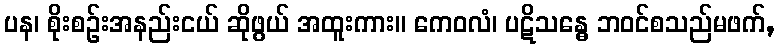
ပန၊ စိုးစဉ်းအနည်းငယ် ဆိုဖွယ် အထူးကား။ ကေဝလံ၊ ပဋိသန္ဓေ ဘဝင်စသည်မဖက်,